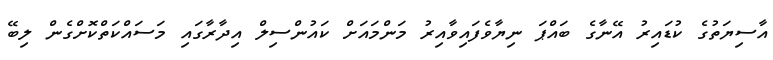
އާސިޔަތުގެ ކުޑައިރު އޭނާގެ ބައްޕަ ނިޔާވެފައިވާއިރު މަންމައަށް ކައުންސިލް އިދާރާގައި މަސައްކަތްކޮށްގެން ލިބޭ